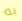
به